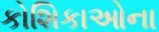
કોશિકાઓના